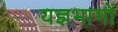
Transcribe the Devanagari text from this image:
यज्ञभागों